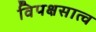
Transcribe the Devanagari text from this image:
विपक्षसात्व